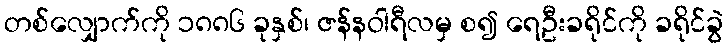
တစ်လျှောက်ကို ၁၈၈၆ ခုနှစ်၊ ဇန်နဝါရီလမှ စ၍ ရေဦးခရိုင်ကို ခရိုင်ခွဲ